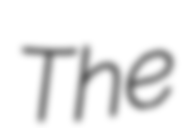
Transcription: The